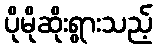
ပိုမိုဆိုးရွားသည့်